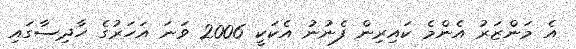
އެ މަންޒަރު އެންމެ ކައިރިން ފެނުނު އެކަކީ 2006 ވަނަ އަހަރުގެ ހާދިސާގައި